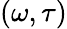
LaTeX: (\omega,\tau)